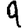
Digit: 9